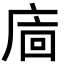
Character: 𢈺